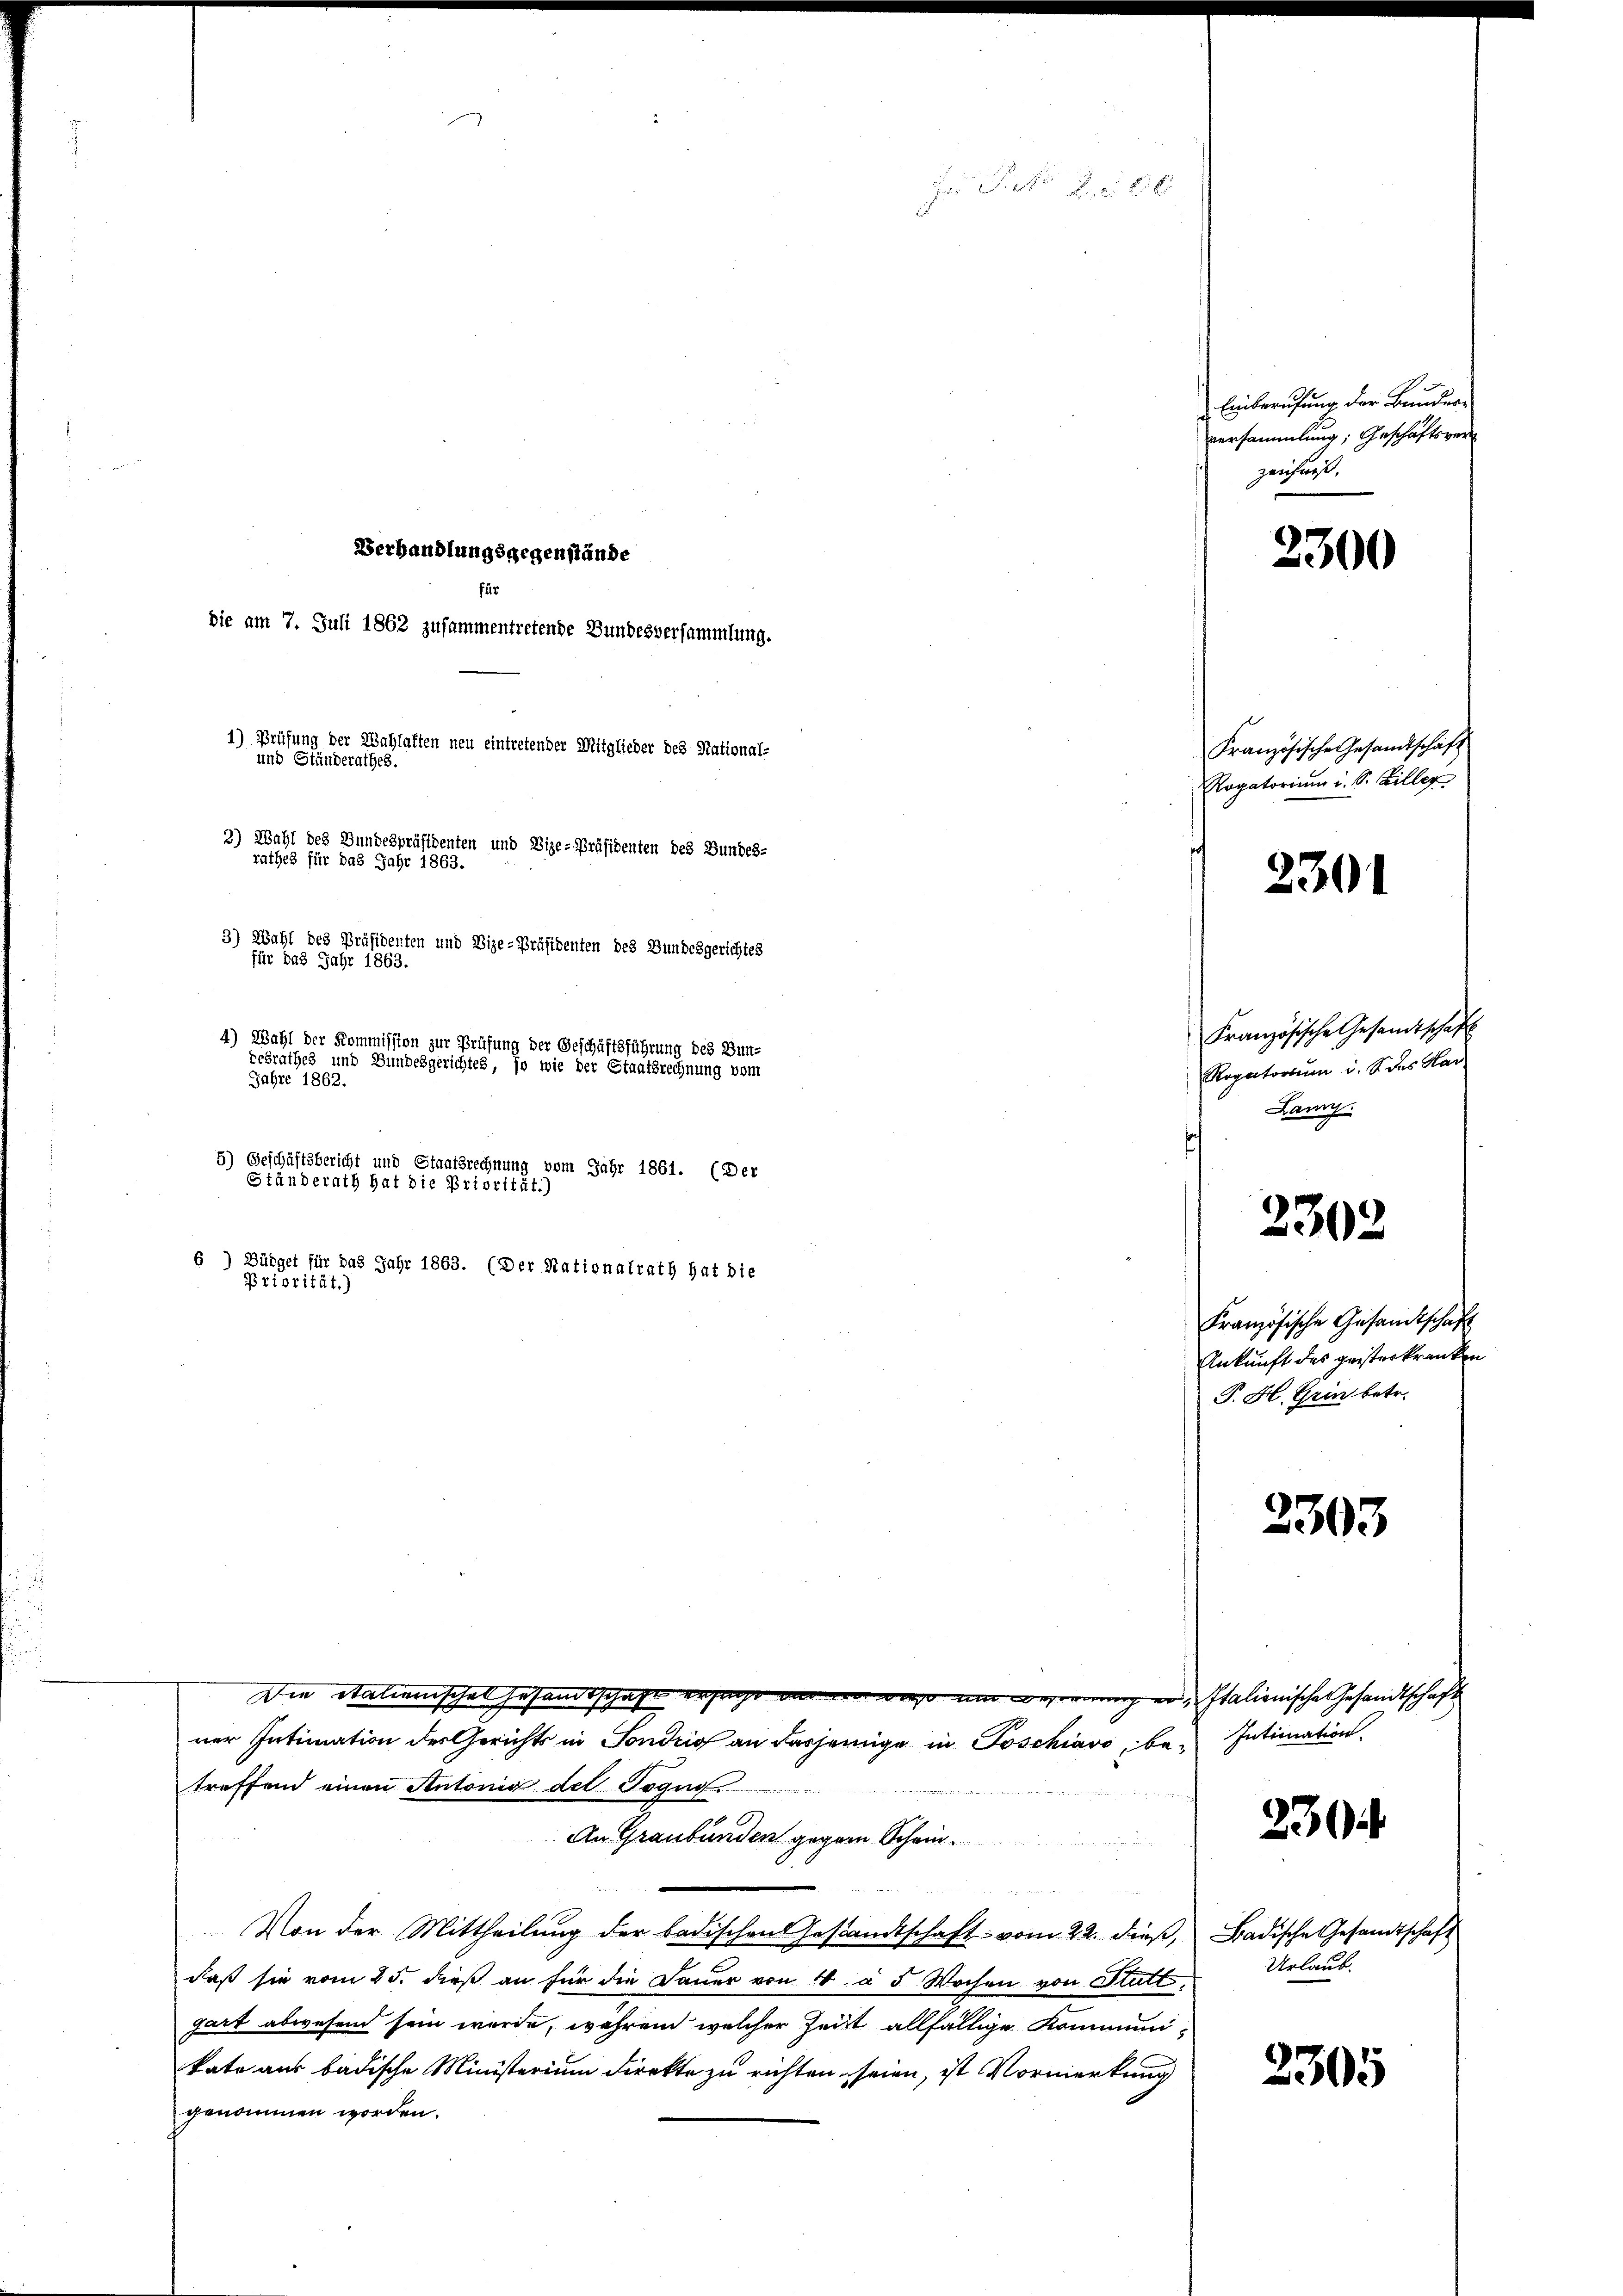
Verhandlungsgegenstände
die am 7. Juli 1862 zusammentretende Bundesversammlung.
1) Prüfung der Wahlaften neu eintretender Mitglieder des National-

und Ständerathes.

2) Wahl des Bundespräsidenten und Vize-Präsidenten des Bundes-
rathes für das Jahr 1863.
3) Wahl des Präsidenten und Vize-Präsidenten des Bundesgerichtes
für das Jahr 1863.
4) Wahl der Kommission zur Prüfung der Geschäftsführung des Bun-
desrathes und Bundesgerichtes, so wie der Staatsrechnung vom
Jahre 1862.
5) Geschäftsbericht und Staatsrechnung vom Jahr 1861. (Der
Ständ
rath hat die Priorität.)
6) Büdget für das Jahr 1863. (Der Nationalrath hat die
Priorität.)

treffend einen Antonia del Togus
An Graubünden gegen Schein¬
u
Von der Mittheilung der badischen Gesandtschaft vom 22. dieß,
daß sie vom 25. dieß an für die Dauer von 4 à 5 Wochen von Stutt
gart abwesend sein wurde, wahren welcher Zeit allfällige Kommunikate aus badische Ministerium direkte zu richten seien, ist Vormerkung
genommen worden.

Französische Gesandtschaft
2303
Französische Gesandtschaft
Ankunft des geisterkranken
P. H. Grin betr.
2303

Die Stalienisches Gesandtschaft ersage mein war um vernung er, Italienische Gesandtschaft
ner Intimation des Gerichts in Fondio an dasjenige in Poschiavo, be¬

u

Einberufung der Bunder-
versammlung, Geschäftsverzeichnis.

2300

Französische Gesandtschäft
Rogatorium u. S. Biller

2301

230

2305

Rogatorium u. das Har
Lany.

Intimation.

Badische Gesandtschaft
Urlaub.